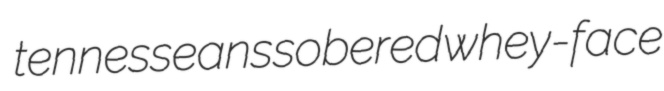
tennesseans sobered whey-face